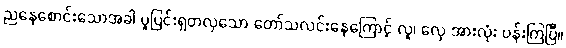
ညနေစောင်းသောအခါ ပူပြင်းရှတလှသော တော်သလင်းနေကြောင့် လူ၊ လှေ အားလုံး ပန်းကြပြီ။